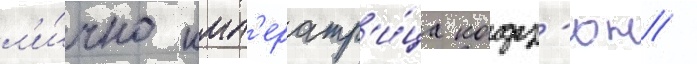
л'и́чно имп'ератр'и́ца кодз'юн /